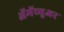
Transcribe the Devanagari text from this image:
ॲमॅच्युअर